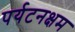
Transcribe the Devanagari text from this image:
पर्यटनक्षम